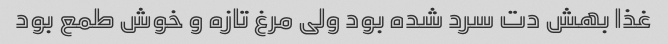
غذا بهش دت سرد شده بود ولی مرغ تازه و خوش طمع بود